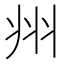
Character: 𭘀